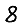
Digit: 8